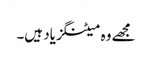
مجھے وہ میٹنگز یاد ہیں۔